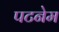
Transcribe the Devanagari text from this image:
पटनेम